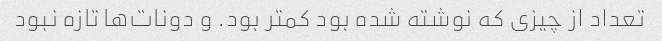
تعداد از چیزی که نوشته شده بود کمتر بود. و دونات‌ها تازه نبود